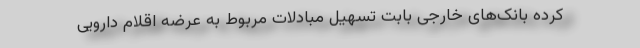
کرده بانک‌های خارجی بابت تسهیل مبادلات مربوط به عرضه اقلام دارویی